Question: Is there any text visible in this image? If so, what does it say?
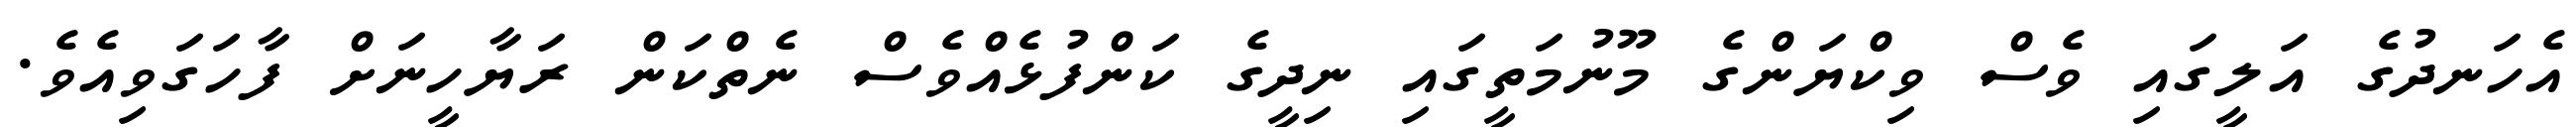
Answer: އެހަނދުގެ އަލީގައި ވެސް ވިކްޔަންގެ މޫނުމަތީގައި ނިދީގެ ކަންފުޅެއްވެސް ނެތްކަން ރަޔާހީނަށް ފާހަގަވިއެވެ.